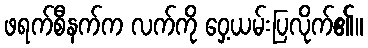
ဖရက်စီနက်က လက်ကို ဝှေ့ယမ်းပြလိုက်၏။